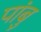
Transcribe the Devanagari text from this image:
पांबु